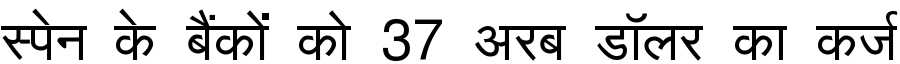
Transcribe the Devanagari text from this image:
स्पेन के बैंकों को 37 अरब डॉलर का कर्ज